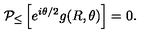
{ \cal P } _ { \leq } \left[ e ^ { i \theta / 2 } g ( R , \theta ) \right] = 0 .